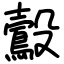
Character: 鷇